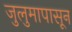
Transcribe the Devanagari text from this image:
जुलुमापासून